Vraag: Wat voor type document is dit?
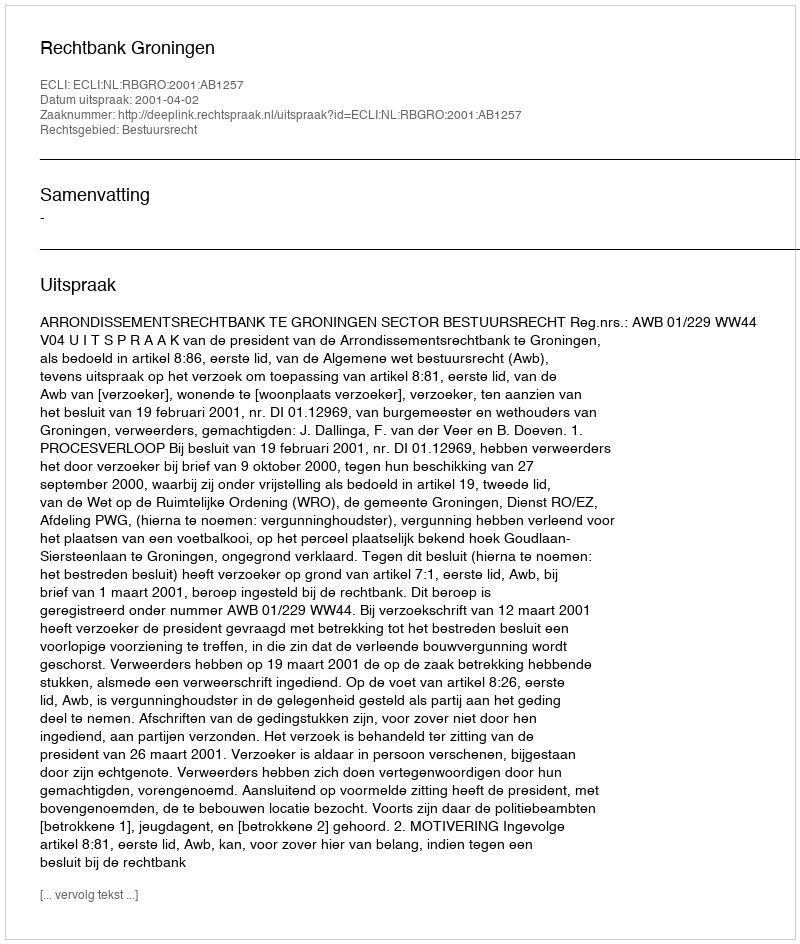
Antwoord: Uitspraak